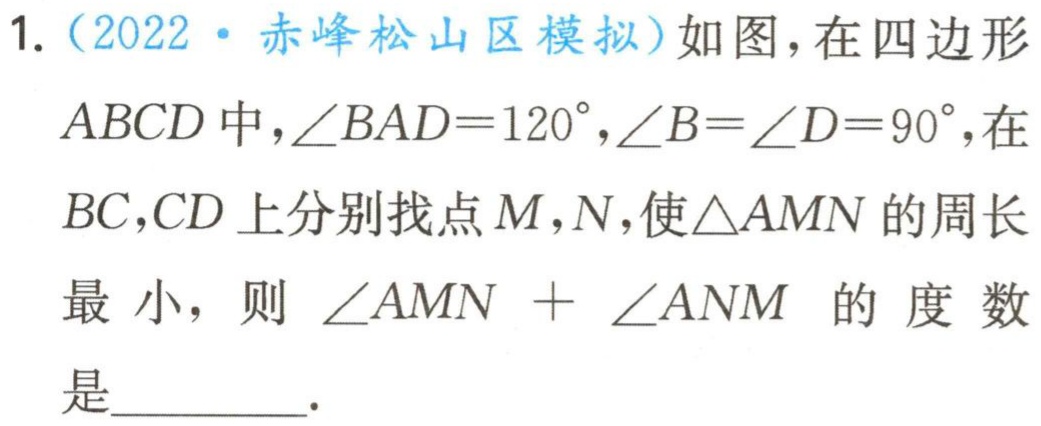
1.（2022·赤峰松山区模拟）如图，在四边形

$ABCD$中，$\angle BAD = 120^{\circ}$，$\angle B=\angle D = 90^{\circ}$，在

$BC,CD$上分别找点$M,N$，使$\triangle AMN$的周长

最小，则$\angle AMN+\angle ANM$的度数

是________.